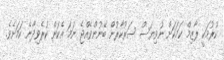
ކުރުމަކީ ލާޒިމް ކަމަކަށް ނުވިޔަސް ސަރުކާރުން ބޭނުންވެއްޖެ ނަމަ އެކަން ކުރެވިދާނެ ކަމަށެވެ.